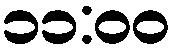
၁၁:၀၀